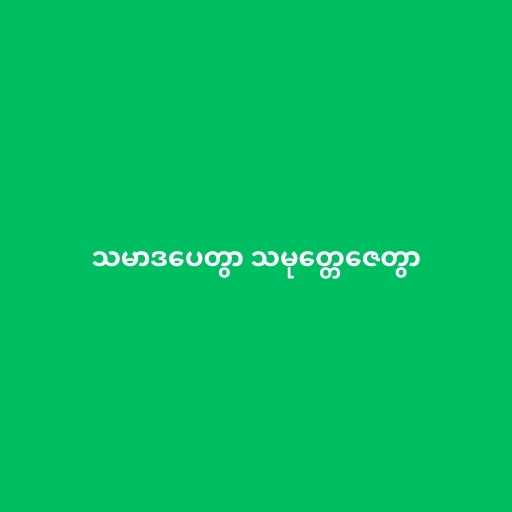
သမာဒပေတွာ သမုတ္တေဇေတွာ